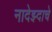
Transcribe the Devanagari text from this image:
नादेझ्दाचे